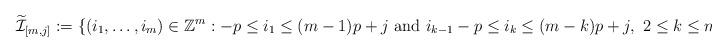
LaTeX: \begin{align*}\widetilde{\mathcal{I}}_{[m,j]}:=\{(i_{1},\ldots,i_{m})\in\mathbb{Z}^{m}:-p\leq i_{1}\leq (m-1)p+j\,\,\mbox{and}\,\,i_{k-1}-p\leq i_{k}\leq (m-k)p+j,\,\,2\leq k\leq m\}.\end{align*}